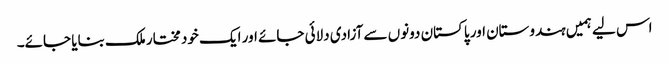
اس لیے ہمیں ہندوستان اور پاکستان دونوں سے آزادی دلائی جائے اور ایک خود مختار ملک بنایا جائے۔